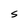
Character: S